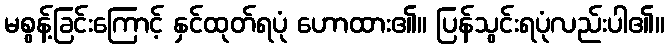
မစွန့်ခြင်းကြောင့် နှင်ထုတ်ရပုံ ဟောထား၏။ ပြန်သွင်းရပုံလည်းပါ၏။